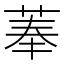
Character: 菶